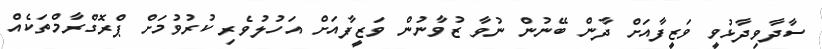
ސާދާވިދާޅުވީ ވަޒީފާއަށް ދާން ބޭނުން ނުވާ ޒުވާނުން ވަޒީފާއަށް އަހުލުވެރި ކުރުވުމަށް ޕްރޮގްރާމްތަކެއް